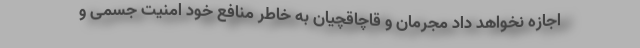
اجازه نخواهد داد مجرمان و قاچاقچیان به خاطر منافع خود امنیت جسمی و